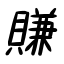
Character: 賺